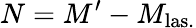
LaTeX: N=M^{\prime}-M_{\mathrm{las.}}